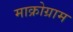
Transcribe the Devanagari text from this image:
माक्रोग्राम